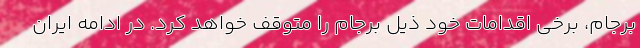
برجام، برخی اقدامات خود ذیل برجام را متوقف خواهد کرد. در ادامه ایران